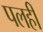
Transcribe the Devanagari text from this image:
पलही